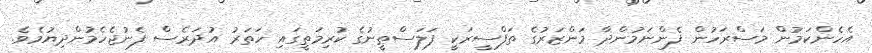
އެހެންކަމުން މަސްރަހުން ފެންނަމުންދާ މަންޒަރުގެ ތަފްސީރަކީ ފަލަސްޠީނުގެ ކުރިމަތީގައި ހަތަރު އުދަރެސް ފެނުޖެހެމުންދިޔުމެވެ.